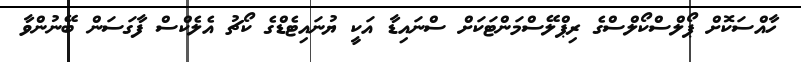
ހާއްސަކޮށް ޕޯލްސްކޯލްސްގެ ރިޕްލޭސްމަންޓަކަށް ސްނައިޑާ އަކީ ޔުނައިޓެޑްގެ ކޯޗު އެލެކްސް ފާގަސަން ބޭނުންވާ